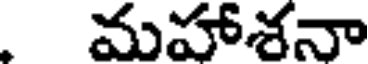
మహాశనా